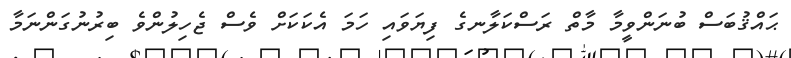
ޙައްޤުބަސް ބުނަންވީމާ މާތް ރަސްކަލާނގެ ފިޔަވައި ހަމަ އެކަކަށް ވެސް ޖެހިލުންވެ ބިރުނުގަންނަމާ